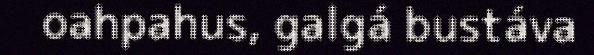
oahpahus, galgá bustáva